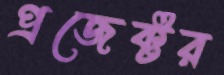
প্রজেক্টর